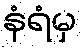
နံရံမှ